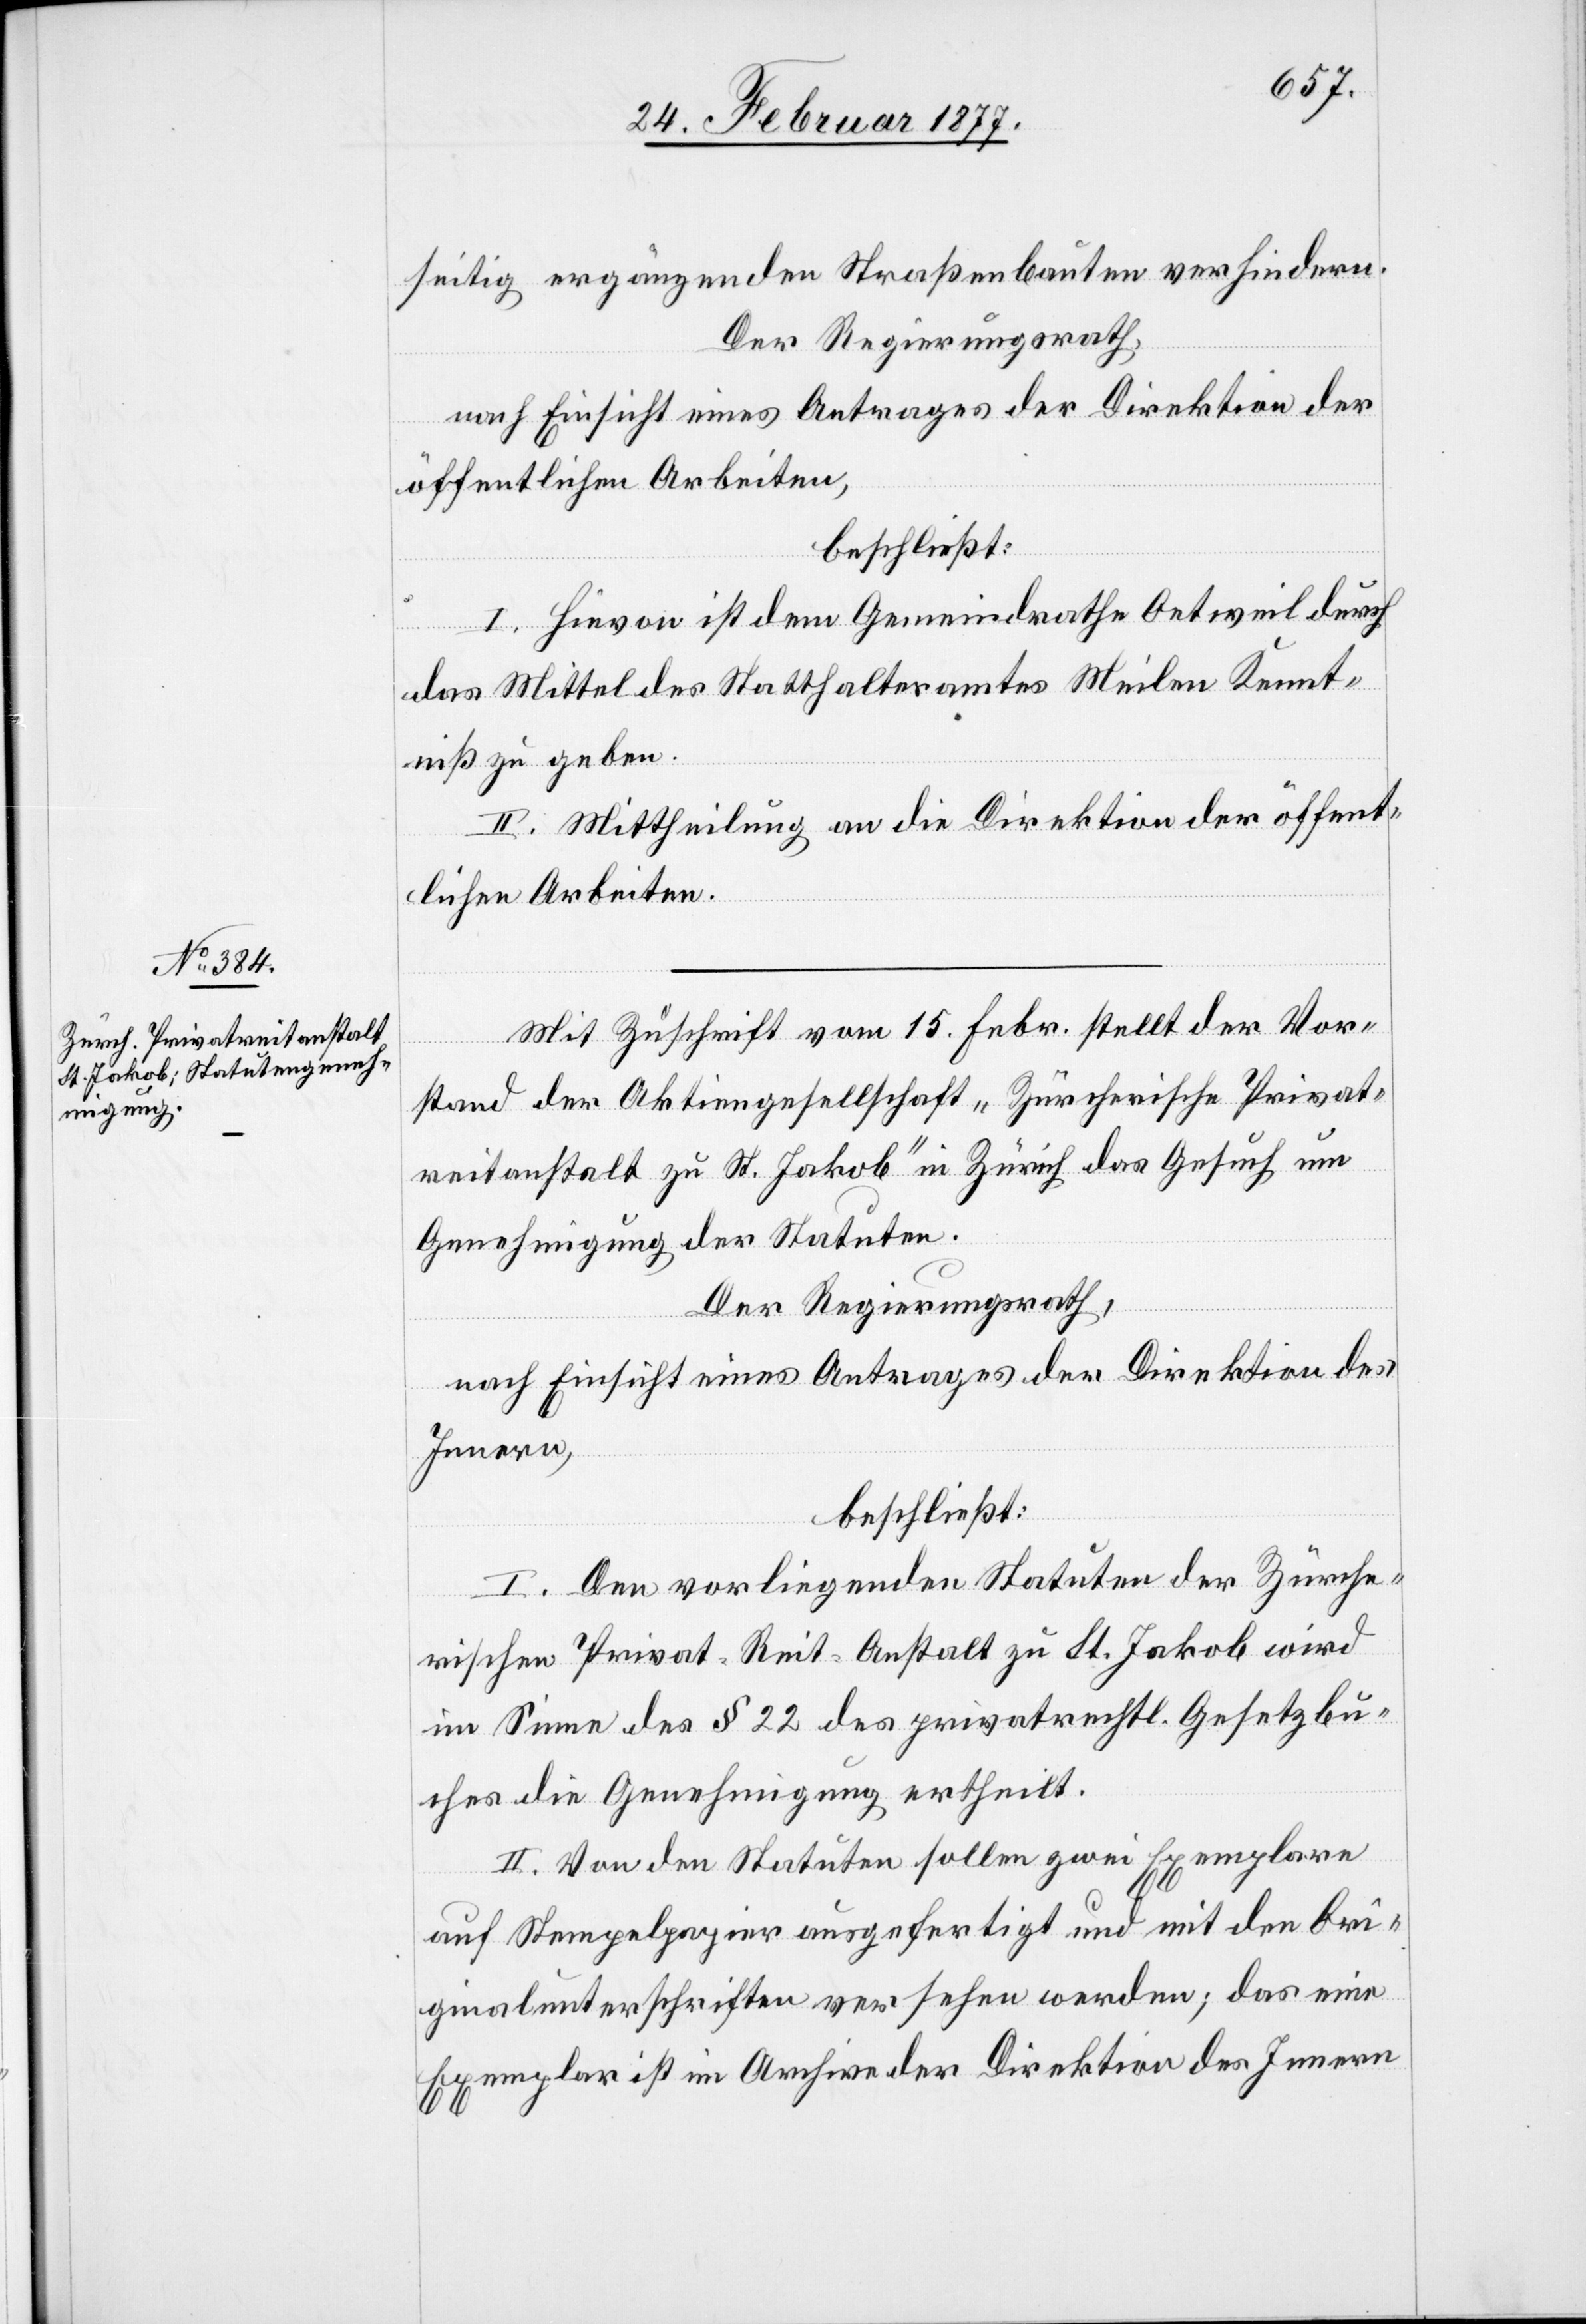
seitig ergänzenden Straßenbauten verhindern.
Der Regierungsrath,
nach Einsicht eines Antrages der Direktion der
öffentlichen Arbeiten,
beschließt:
I. Hievon ist dem Gemeindrathe Oetweil durch
das Mittel des Statthalteramtes Meilen Kennt¬
niß zu geben.
II. Mittheilung an die Direktion der öffent¬
lichen Arbeiten.
Mit Zuschrift vom 15. Febr. stellt der Vor¬
stand der Aktiengesellschaft „Zürcherische Privat¬
reitanstalt zu St. Jakob“ in Zürich das Gesuch um
Genehmigung der Statuten.
Der Regierungsrath,
nach Einsicht eines Antrages der Direktion des
Innern,
beschließt:
I. Den vorliegenden Statuten der Zürche¬
rischen Privat-Reit-Anstalt zu St. Jakob wird
im Sinne des § 22 des privatrechtl. Gesetzbu¬
ches die Genehmigung ertheilt.
II. Von den Statuten sollen zwei Exemplare
auf Stempelpapier ausgefertigt und mit den Ori¬
ginalunterschriften versehen werden; das eine
Exemplar ist im Archiv der Direktion des Innern